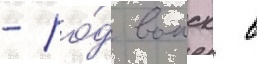
- ро́д воиск в